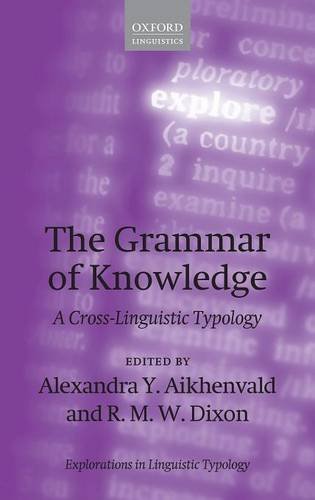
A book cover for The Grammar of Knowledge: A Cross-Linguistic Typology (Explorations in Linguistic Typology); Reference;